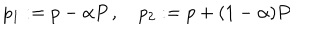
LaTeX: p _ { 1 } : = p - \alpha P \, , \quad p _ { 2 } : = p + ( 1 - \alpha ) P